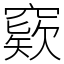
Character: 窽